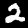
Label: 2